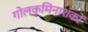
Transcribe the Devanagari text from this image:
गोलकृमिनाशकों